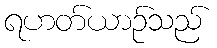
ရဟတ်ယာဉ်သည်